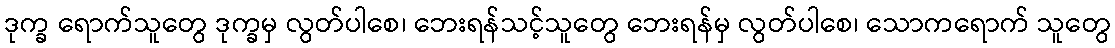
ဒုက္ခ ရောက်သူတွေ ဒုက္ခမှ လွတ်ပါစေ၊ ဘေးရန်သင့်သူတွေ ဘေးရန်မှ လွတ်ပါစေ၊ သောကရောက် သူတွေ